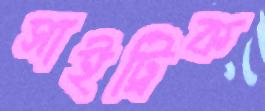
সাইট্রিক